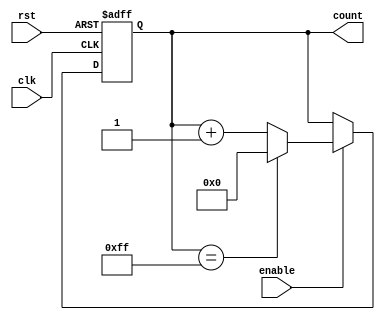
module memory_blocks_up_counter #(
    parameter N = 8 // Define the width of the counter (N bits)
)(
    input wire clk,          // Clock signal
    input wire rst,          // Asynchronous active-high reset
    input wire enable,       // Enable signal for counting
    output reg [N-1:0] count // N-bit output representing the current count
);

// Always block for counting mechanism
always @(posedge clk or posedge rst) begin
    if (rst) begin
        // Asynchronous reset
        count <= 0; // Initialize count to zero
    end else if (enable) begin
        // Increment the count if enable is high
        if (count == (1 << N) - 1) begin
            count <= 0; // Wrap around to zero if maximum value is reached
        end else begin
            count <= count + 1; // Increment the count
        end
    end
end

endmodule